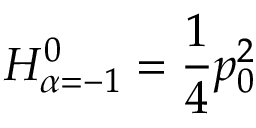
{ \cal H } _ { \alpha = - 1 } ^ { 0 } = { \frac { 1 } { 4 } } p _ { 0 } ^ { 2 }